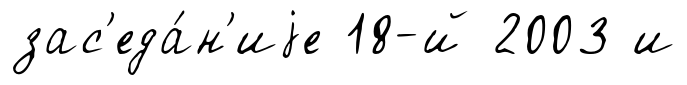
зас'еда́н'иjе 18-й 2003 и